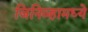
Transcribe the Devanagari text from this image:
जिनिव्हामध्ये